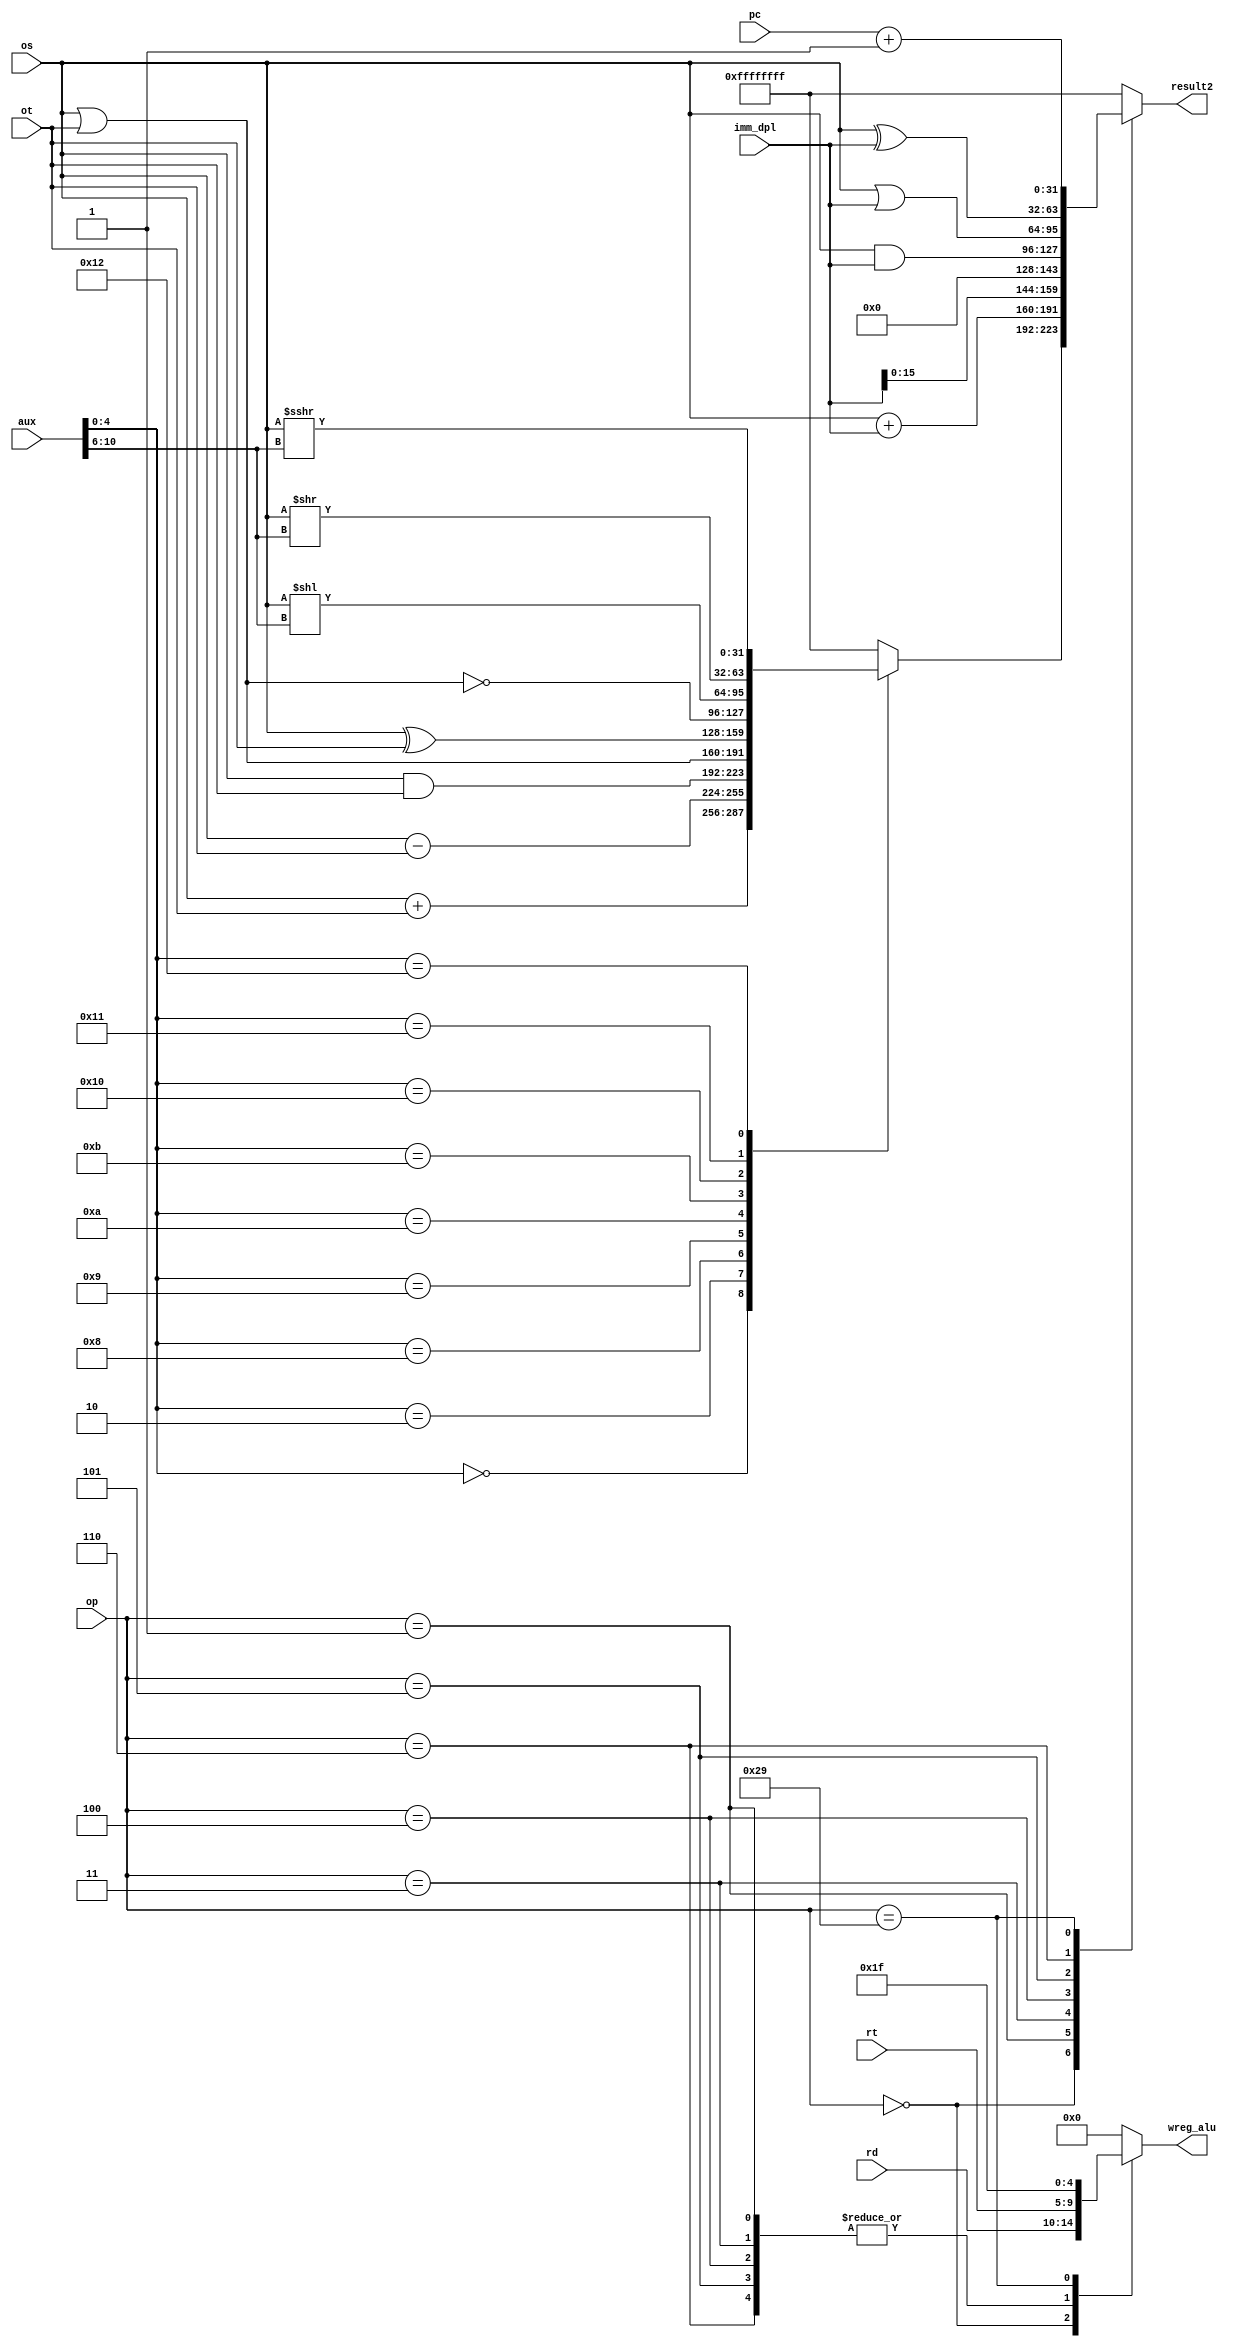
`timescale 1ns / 1ps
//////////////////////////////////////////////////////////////////////////////////
// Company: 
// Engineer: 
// 
// Design Name: 
// Module Name: adder
// Project Name: 
// Target Devices: 
// Tool Versions: 
// Description: 
// 
// Dependencies: 
// 
// Revision:
// Revision 0.01 - File Created
// Additional Comments:
// 
//////////////////////////////////////////////////////////////////////////////////


module alu(
    input [31:0] pc,
    input [5:0] op,
    input [4:0] rt,
    input [4:0] rd,
    input [10:0] aux,
    input [31:0] os,
    input [31:0] ot,
    input [31:0] imm_dpl,
    output [4:0] wreg_alu,
    output [31:0] result2
    );
    
    wire [4:0] opr;
    wire [4:0] shift;
    wire [31:0] result1;
    
    function [31:0] alu1;
        input [4:0] opr, shift;
        input [31:0] os, ot;
        case(opr)
            5'd0:alu1 = os + ot;
            5'd2:alu1 = os - ot;
            5'd8:alu1 = os & ot;
            5'd9:alu1 = os | ot;
            5'd10:alu1 = os ^ ot;
            5'd11:alu1 = ~(os | ot);
            5'd16:alu1 = os << shift;
            5'd17:alu1 = os >> shift;
            5'd18:alu1 = os >>> shift;
            default:alu1 = 32'hffffffff;
        endcase
    endfunction
            
    function [31:0] alu2;
        input [5:0] op;
        input [31:0] result1, os, imm_dpl, ot, pc;
        case(op)//decide operation
            6'd0:alu2 = result1;
            6'd1:alu2 = os + imm_dpl;
            6'd3:alu2 = imm_dpl<<16;
            6'd4:alu2 = os & imm_dpl;
            6'd5:alu2 = os | imm_dpl;
            6'd6:alu2 = os ^ imm_dpl;
            6'd41:alu2 = pc + 32'd1;
            default:alu2 = 32'hffffffff;
        endcase
    endfunction

    function [4:0] wreg_alu_gen;
        input [5:0] op;
        input [4:0] rd, rt;
        case(op)//decide wreg
            6'd0:wreg_alu_gen = rd;
            6'd1,6'd3,6'd4,6'd5,6'd6:wreg_alu_gen = rt;
            6'd41:wreg_alu_gen = 5'd31;
            default:wreg_alu_gen = 5'd0;//jissai ha kakikonde inai
        endcase
    endfunction

    assign result1 = alu1(opr, shift, os, ot);
    assign result2 = alu2(op, result1, os, imm_dpl, ot, pc);
    assign opr = aux[4:0];
    assign shift = aux[10:6];
    assign wreg_alu = wreg_alu_gen(op, rd, rt);
endmodule